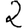
Digit: 2